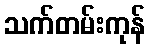
သက်တမ်းကုန်